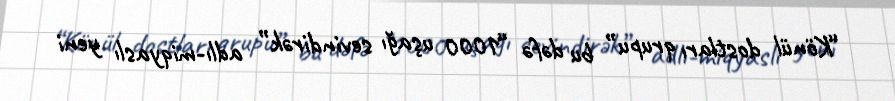
“Könül dostları qrupu” bu dəfə “1000 uşağı sevindirək” adlı-miqyaslı yeni